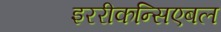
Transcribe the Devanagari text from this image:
इररीकन्सिएबल